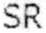
SR